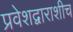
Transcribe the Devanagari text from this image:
प्रवेशद्वाराशीच